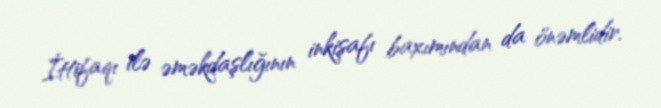
İttifaqı ilə əməkdaşlığının inkişafı baxımından da önəmlidir.